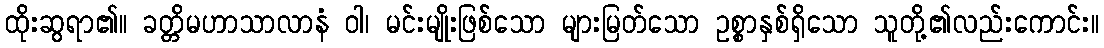
ထိုးဆွရာ၏။ ခတ္တိမဟာသာလာနံ ဝါ၊ မင်းမျိုးဖြစ်သော များမြတ်သော ဥစ္စာနှစ်ရှိသော သူတို့၏လည်းကောင်း။